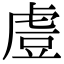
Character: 䖒